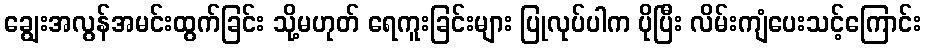
ချွေးအလွန်အမင်းထွက်ခြင်း သို့မဟုတ် ရေကူးခြင်းများ ပြုလုပ်ပါက ပိုပြီး လိမ်းကျံပေးသင့်ကြောင်း